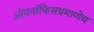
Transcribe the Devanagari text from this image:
ओपनॉफिसप्रमाणेच